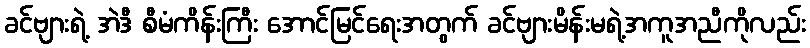
ခင်ဗျားရဲ့ အဲဒီ စီမံကိန်းကြီး အောင်မြင်ရေးအတွက် ခင်ဗျားမိန်းမရဲ့အကူအညီကိုလည်း